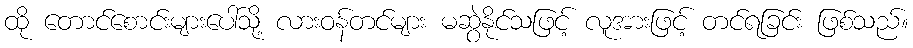
ထို တောင်စောင်းများပေါ်သို့ လားဝန်တင်များ မဆွဲနိုင်သဖြင့် လူအားဖြင့် တင်ရခြင်း ဖြစ်သည်။